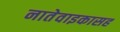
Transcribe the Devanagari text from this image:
नातेवाइकासह